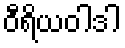
ဝီရိယဝါဒါ